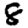
Digit: 8